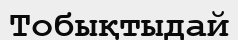
Тобықтыдай